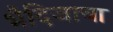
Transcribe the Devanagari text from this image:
भैदिजाचा